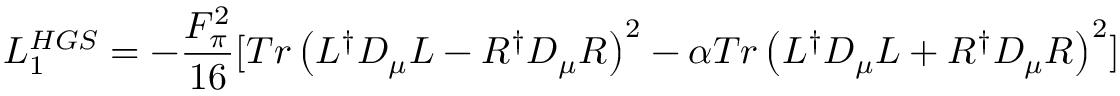
{ \cal L } _ { 1 } ^ { H G S } = - \frac { F _ { \pi } ^ { 2 } } { 1 6 } [ T r \left( L ^ { \dagger } D _ { \mu } L - R ^ { \dagger } D _ { \mu } R \right) ^ { 2 } - \alpha T r \left( L ^ { \dagger } D _ { \mu } L + R ^ { \dagger } D _ { \mu } R \right) ^ { 2 } ]